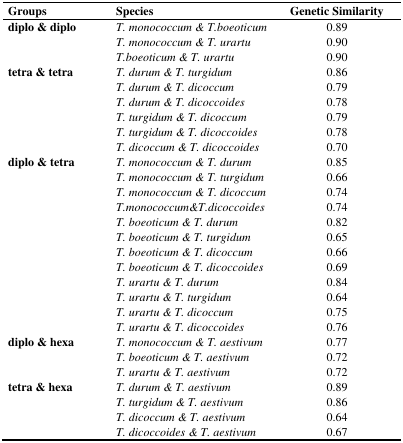
| Groups | Species | Genetic Similarity |
 | --- | --- | --- |
 | diplo & diplo | T. monococcum & T.boeoticum | 0.89 |
 |  | T. monococcum & T. urartu | 0.90 |
 |  | T.boeoticum & T. urartu | 0.90 |
 | tetra & tetra | T. durum & T. turgidum | 0.86 |
 |  | T. durum & T. dicoccum | 0.79 |
 |  | T. durum & T. dicoccoides | 0.78 |
 |  | T. turgidum & T. dicoccum | 0.79 |
 |  | T. turgidum & T. dicoccoides | 0.78 |
 |  | T. dicoccum & T. dicoccoides | 0.70 |
 | diplo & tetra | T. monococcum & T. durum | 0.85 |
 |  | T. monococcum & T. turgidum | 0.66 |
 |  | T. monococcum & T. dicoccum | 0.74 |
 |  | T.monococcum&T.dicoccoides | 0.74 |
 |  | T. boeoticum & T. durum | 0.82 |
 |  | T. boeoticum & T. turgidum | 0.65 |
 |  | T. boeoticum & T. dicoccum | 0.66 |
 |  | T. boeoticum & T. dicoccoides | 0.69 |
 |  | T. urartu & T. durum | 0.84 |
 |  | T. urartu & T. turgidum | 0.64 |
 |  | T. urartu & T. dicoccum | 0.75 |
 |  | T. urartu & T. dicoccoides | 0.76 |
 | diplo & hexa | T. monococcum & T. aestivum | 0.77 |
 |  | T. boeoticum & T. aestivum | 0.72 |
 |  | T. urartu & T. aestivum | 0.72 |
 | tetra & hexa | T. durum & T. aestivum | 0.89 |
 |  | T. turgidum & T. aestivum | 0.86 |
 |  | T. dicoccum & T. aestivum | 0.64 |
 |  | T. dicoccoides & T. aestivum | 0.67 |